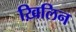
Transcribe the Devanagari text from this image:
ख़िलिन